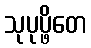
သုပုပ္ဖိတေ